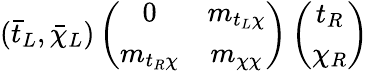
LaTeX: (\bar{t}_{L},\bar{\chi}_{L})\left(\begin{array}{cc}{{0}}&{{m_{t_{L}\chi}}}\\ {{m_{t_{R}\chi}}}&{{m_{\chi\chi}}}\end{array}\right)\left(\begin{array}{c}{{t_{R}}}\\ {{\chi_{R}}}\end{array}\right)